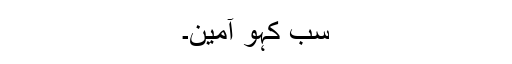
سب کہو آمین۔